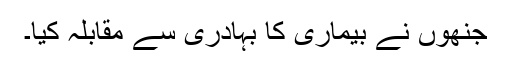
جنھوں نے بیماری کا بہادری سے مقابلہ کیا۔